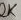
Text: 2K